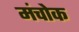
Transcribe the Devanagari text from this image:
मंचोक